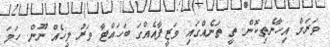
ވަރަށް އިހާނެތިކޮން. ތީ ތަނެއްގައި ވަޒީފާއެއްގަ ބަހައްޓާ ވަރު މީހެއް ނޫން. ހަމަ